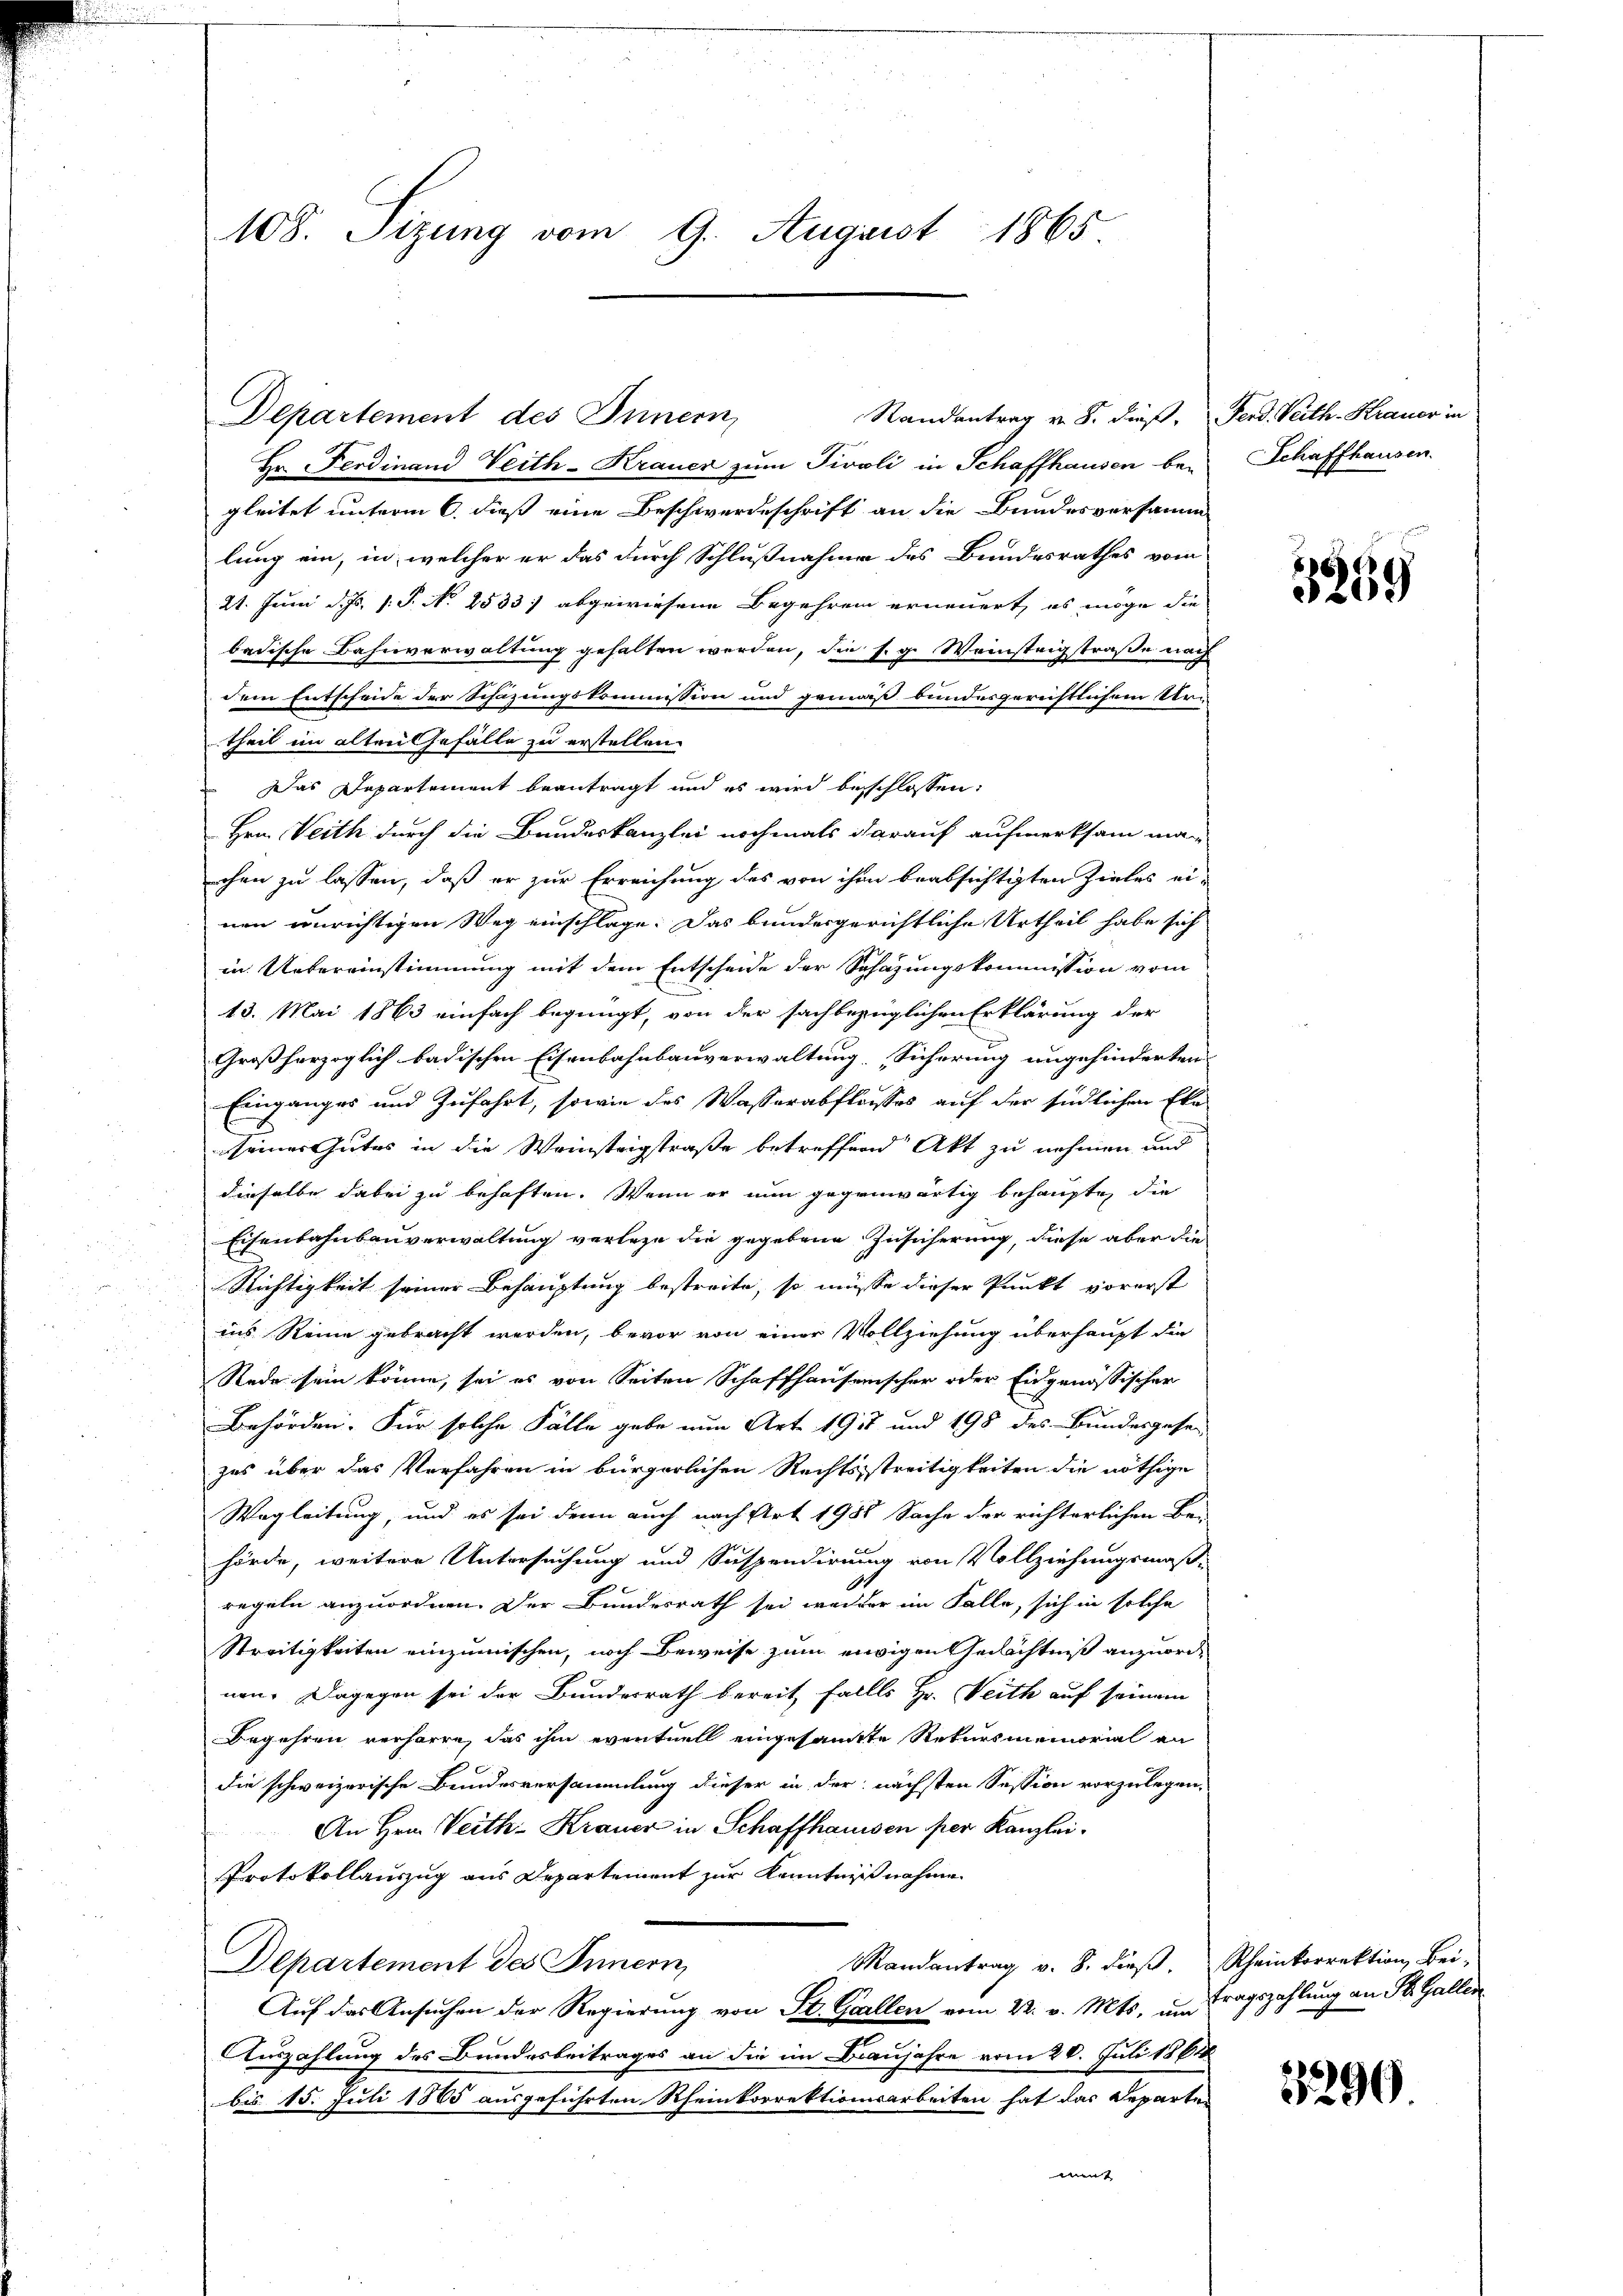
108. Sizung vom 9. August 1865

Departement des Innern,
Hr. Ferdinand Veith-Krauer zum Tivoli in Schaffhausen bei
gleitet unterm 6. dieß eine Beschwerdeschrift an die Bundesversamm
lung ein, in welcher er das durch Schlußnahme des Bundesrathes vom
21. Juni d. Js. s. S. N. 2533 abgewiesene Begehren erneuert, es möge die
badische Bahnverwaltung gehalten werden, die s. g. Weinsteigstraße nach
dem Entscheide der Schazungskommission und gemäß bundesgerichtlichem Stan
theil im alten Gefälle zu erstellen.
 Das Departement beantragt und es wird beschlossen:
Hrn. Veith durch die Bundeskanzlei nochmals darauf aufmerksam ma-
schen zu lassen, daß er zur Erreichung des von ihm beabsichtigten Zieles einen unrichtigen Weg einschlage. Das bundergerichtliche Urtheil habe sich
in Uebereinstimmung mit dem Entscheide der Schazungskommission vom
13. Mai 1863 einfach begnügt, von der sachbezüglichen Erklärung der
Großherzoglich badischen Eisenbahnbauverwaltung. Sicherung angehinderten
Einganges und Zufahrt, sowie des Wasserabflasses auf der südlichen Eke
seiner Gutes in die Weinsteigstraße betreffend Akt zu nehmen und
dieselbe dabei zu behaften. Wenn er nun gegenwärtig behaupte, die
Eisenbahnbauverwaltung verlege die gegebene Zusicherung, diese aber die
Richtigkeit seiner Behauptung bestreite, so müsse dieser Punkt vorerst
ins Reine gebracht werden, bevor von einer Vollziehung überhaupt die
Rede sein könne, sei es von Seiten Schaffhausenscher oder Eidgenössischer
Behörden. Für solche Fälle gebe nun Art. 1917 und 198 des Bundesgesen
zes über das Verfahren in bürgerlichen Rechtsstreitigkeiten die nöthige
Wegleitung, und es sei denn auch nach Art. 1988 Sache der richterlichen Be-
hörde, weitere Untersuchung und Suspendirung von Vollziehungsmaß-
regeln anzuordnen. Der Bundesrath sei weider im Falle, sich in solche
Streitigkeiten einzumischen, noch Beweise zum ewigen Gedächtniß anzuordnen. Dagegen sei der Bundesrath bereit falles Hr. Seith auf seinem
Begehren verharre, das ihm eventuell eingesandte Rekursmemorial an
die schweizerische Bundesversammlung dieser in der nächsten Session vorzulegen,
An Hrn. Veith-Krauer in Schaffhaussen per Kanzlei.
Protokollauszug aus Departement zur Kenntnißnahme
Randantrag v. 8. dieβ. Rheinkorrektion Bei-
Departement des Innern,
Auf das Ansuchen der Regierung von St. Gallen vom 22. v. Mts. um tragszahlung an St. Gallen
Auszahlung des Bundesbeitrages an die im Braujahre vom 20. Juli 1864
bis 15. Juli 1865 ausgeführten Rheinkorrektionsarbeiten hat das Departen
ment

Randantrag v. 8. dieß. Ferd. Veith-Krauer in

Schaffhausen.

3859

3290